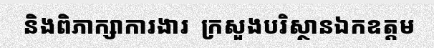
និងពិភាក្សាការងារ  ក្រសួងបរិស្ថានឯកឧត្តម